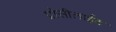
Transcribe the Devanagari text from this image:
प्रोसीलाईट